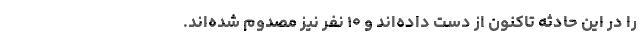
را در این حادثه تاکنون از دست داده‌اند و ۱۰ نفر نیز مصدوم شده‌اند.